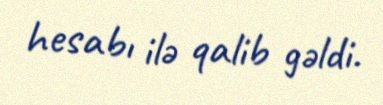
hesabı ilə qalib gəldi.